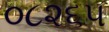
૦૮૨૬૫